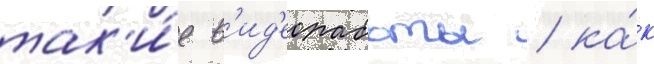
так'и́е в'ид'еоработы / ка́к